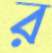
র